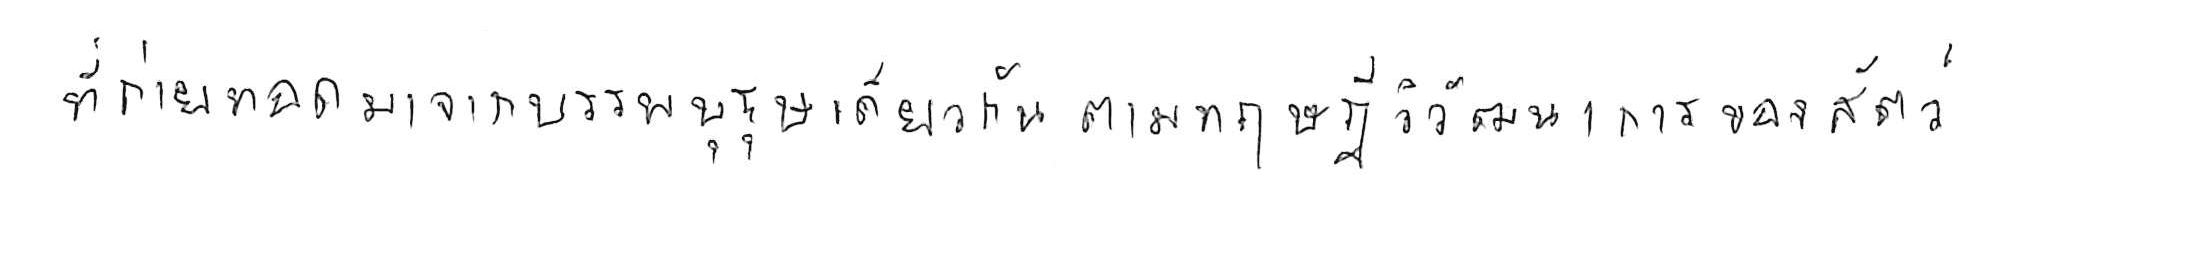
ที่ถ่ายทอดมาจากบรรพบุรุษเดียวกัน ตามทฤษฎีวิวัฒนาการของสัตว์